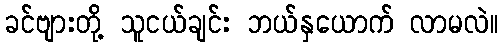
ခင်ဗျားတို့ သူငယ်ချင်း ဘယ်နှယောက် လာမလဲ။